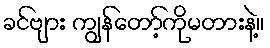
ခင်ဗျား ကျွန်တော့်ကိုမတားနဲ့။